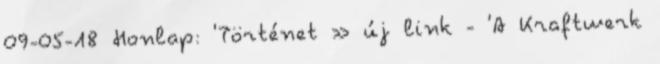
09-05-18 Honlap: 'Történet » új link - 'A Kraftwerk